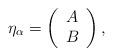
LaTeX: \begin{align*}\eta_{\alpha} =\left(\begin{array}{c} A\\ B\end{array} \right) ,\end{align*}